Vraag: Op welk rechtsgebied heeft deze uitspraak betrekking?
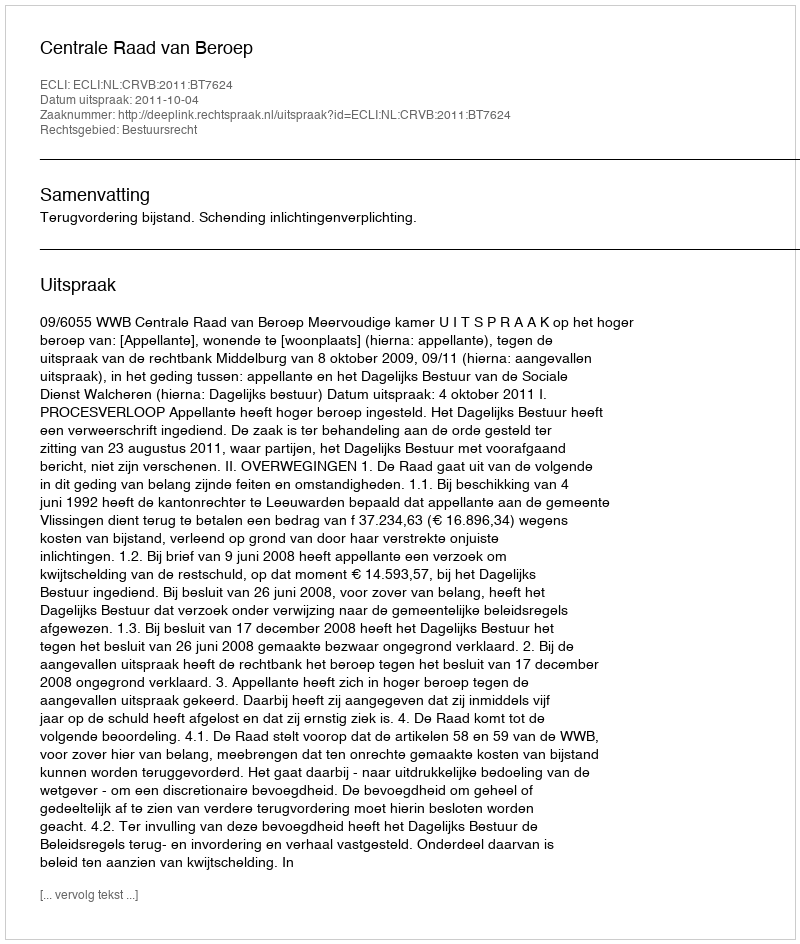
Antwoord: Bestuursrecht